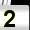
Digit: 2